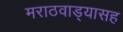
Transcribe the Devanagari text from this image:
मराठवाड्यासह